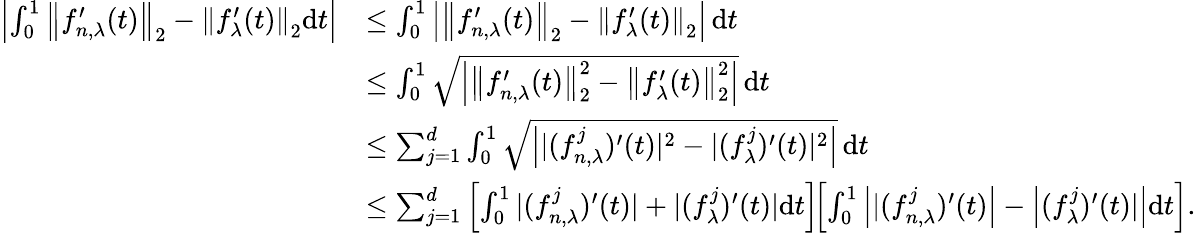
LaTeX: \begin{array}{rl}{\left|\int_{0}^{1}\left\| f_{n,\lambda}^{\prime}(t)\right\| _{2}-\left\| f_{\lambda}^{\prime}(t)\right\| _{2}\mathrm{d}t\right|}&{\leq\int_{0}^{1}\left|\left\| f_{n,\lambda}^{\prime}(t)\right\| _{2}-\left\| f_{\lambda}^{\prime}(t)\right\| _{2}\right|\, \mathrm{d}t}\\ &{\leq\int_{0}^{1}\sqrt{\left|\big\| f_{n,\lambda}^{\prime}(t)\big\| _{2}^{2}-\left\| f_{\lambda}^{\prime}(t)\right\| _{2}^{2}\right|}\, \mathrm{d}t}\\ &{\leq\sum_{j=1}^{d}\int_{0}^{1}\sqrt{\left||(f_{n,\lambda}^{j})^{\prime}(t)|^{2}-|(f_{\lambda}^{j})^{\prime}(t)|^{2}\right|}\, \mathrm{d}t}\\ &{\leq\sum_{j=1}^{d}\left[\int_{0}^{1}|(f_{n,\lambda}^{j})^{\prime}(t)|+|(f_{\lambda}^{j})^{\prime}(t)|\mathrm{d}t\right]\! \! \left[\int_{0}^{1}\left||(f_{n,\lambda}^{j})^{\prime}(t)\right|-\left|(f_{\lambda}^{j})^{\prime}(t)|\right|\mathrm{d}t\right].}\end{array}